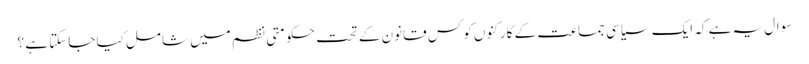
سوال یہ ہے کہ ایک سیاسی جماعت کے کارکنوں کو کس قانون کے تحت حکومتی نظم میں شامل کیا جاسکتا ہے ؟